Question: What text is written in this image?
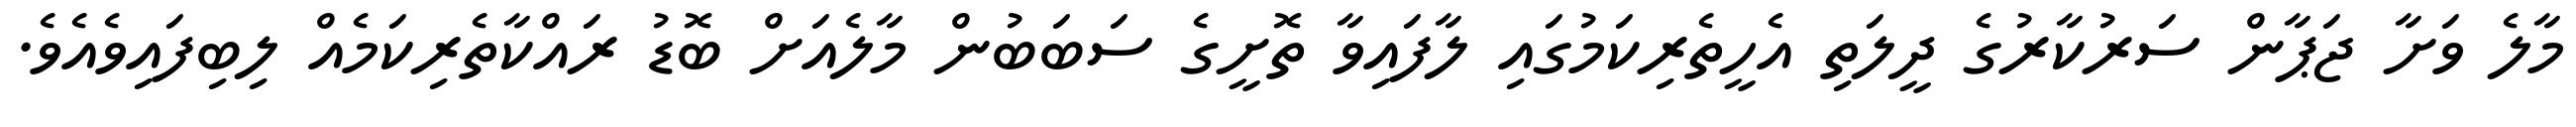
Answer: މާލެ ވަށާ ޖަޕާން ސަރުކާރުގެ ދީލަތި އެހީތެރިކަމުގައި ލާފައިވާ ތޮށީގެ ސަބަބުން މާލެއަށް ބޮޑު ރައްކާތެރިކަމެއް ލިބިފައިވެއެވެ.